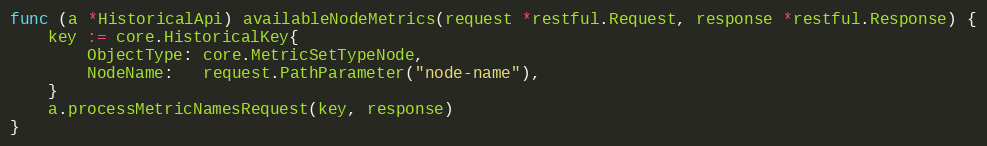
Language: Go
func (a *HistoricalApi) availableNodeMetrics(request *restful.Request, response *restful.Response) {
	key := core.HistoricalKey{
		ObjectType: core.MetricSetTypeNode,
		NodeName:   request.PathParameter("node-name"),
	}
	a.processMetricNamesRequest(key, response)
}